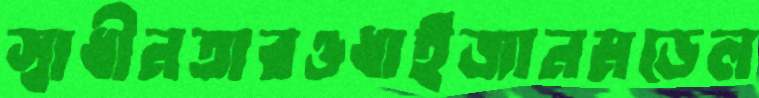
স্বাধীনতারওধাইজানমডেল